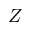
Z